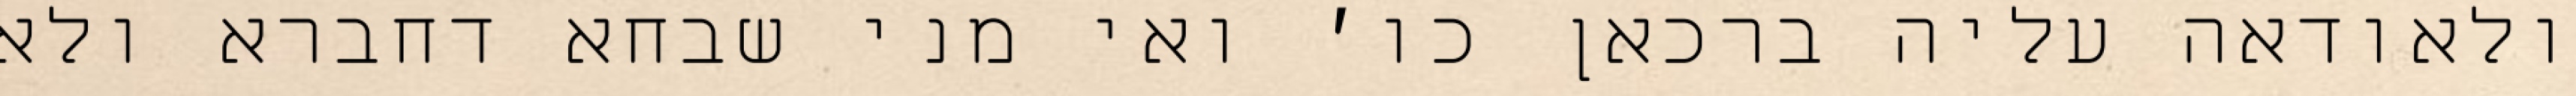
ולאודאה עליה ברכאן כו׳ ואי מני שבחא דחברא ולא